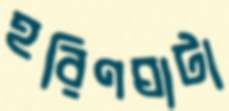
হরিণঘাটা